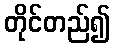
တိုင်တည်၍